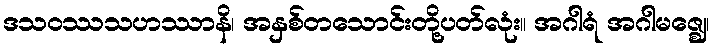
ဒသဝဿသဟဿာနိ၊ အနှစ်တသောင်းတို့ပတ်လုံး။ အဂါရံ အဂါမဇ္ဈေ၊